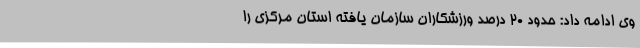
وی ادامه داد: حدود 20 درصد ورزشکاران سازمان یافته استان مرکزی را